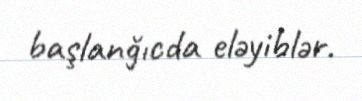
başlanğıcda eləyiblər.